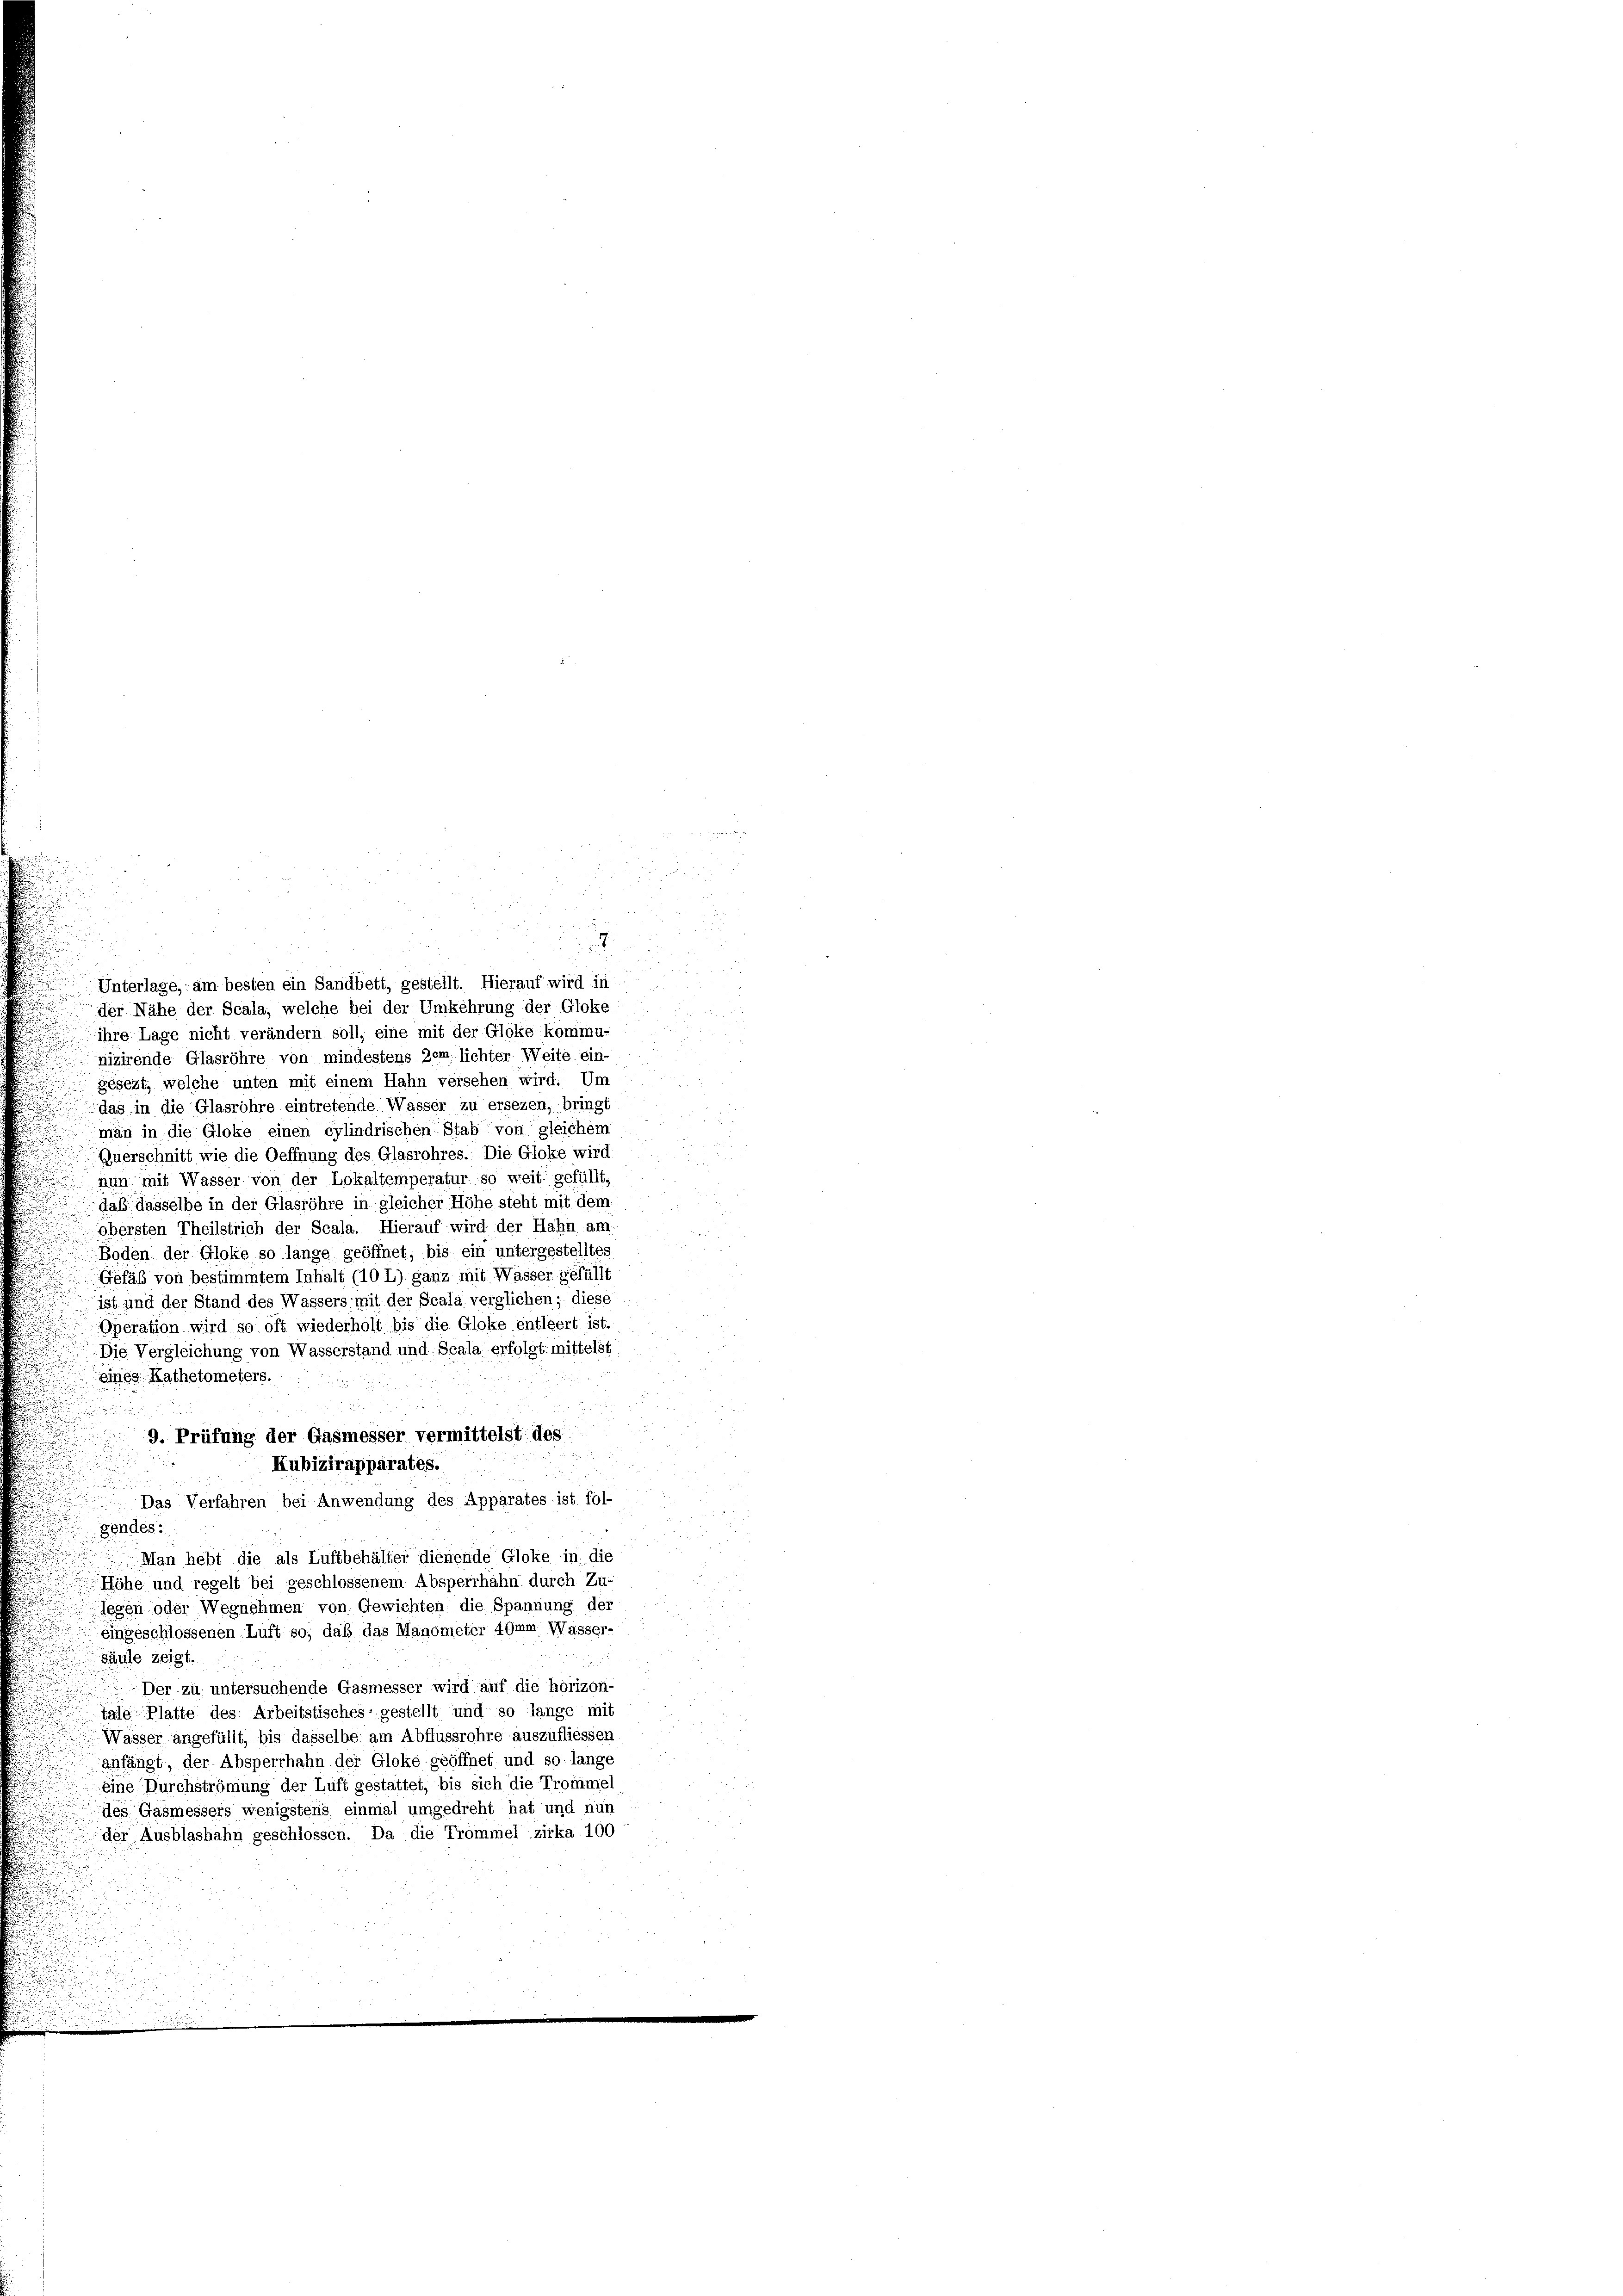
Unterlage, am besten ein Sandbett, gestellt. Hierauf wird in
der Nähe der Scala, welche bei der Umkehrung der Gloke.
ihre Lage nicht verändern soll, eine mit der Gloke kommu-
nizirende Glasröhre von mindestens zem lichter Weite ein-
 gesezt, welche unten mit einem Hahn versehen wird. Um
das in die Glasröhre eintretende Wasser zu ersezen, bringt
man in die Gloke einen cylindrischen Stab von gleichem
Querschnitt wie die Oeffnung des Glasrohres. Die Gloke wird:
 nun mit Wasser von der Lokaltemperatur so weit gefüllt,
daß dasselbe in der Glasröhre in gleicher Höhe steht mit dem
obersten Theilstrich der Scala. Hierauf wird der Hahn am
Boden der Gloke so lange geöffnet, bis ein untergestelltes
.
Gefäß von bestimmtem Inhalt (10 L) ganz mit Wässer gefüllt
ist und der Stand des Wassers mit der Scala verglichen; diese
Operation wird so oft wiederholt bis die Gloke entleert ist.
.
Die Vergleichung von Wasserstand und Scala erfolgt mittelst
eines Kathetometers.

9. Prüfung der Gasmesser vermittelst des
Kubizirapparates.
Das Verfahren bei Anwendung des Apparates ist fol-
gendes:
Man hebt die als Luftbehälter dienende Gloke in die
Höhe und regelt bei geschlossenem Absperrhahn durch Zu-
legen oder Wegnehmen von Gewichten die Spannung der
eingeschlossenen Luft so, daß das Manometer 4Imm Wasser-
säule zeigt.
Der zu untersuchende Gasmesser wird auf die horizon-
tale Platte des Arbeitstisches gestellt und so lange mit
Wasser angefüllt, bis dasselbe am Abflussrohre auszufliessen
anfängt, der Absperrhahn der Gloke geöffnet und so lange
eine Durchströmung der Luft gestattet, bis sich die Trommel
des Gasmessers wenigstens einmal umgedreht hat und nun
der Ausblashahn geschlossen. Da die Trommel zirka 100
.
.

5